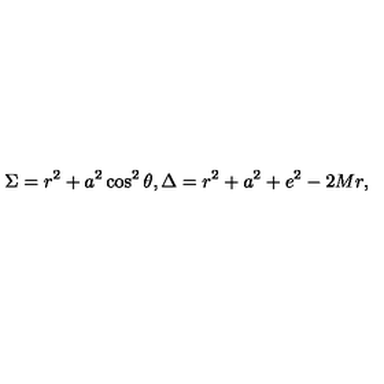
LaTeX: \Sigma = r ^ { 2 } + a ^ { 2 } \cos ^ { 2 } \theta , \Delta = r ^ { 2 } + a ^ { 2 } + e ^ { 2 } - 2 M r ,